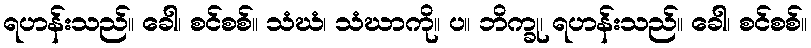
ရဟန်းသည်။ ခေါ၊ စင်စစ်။ သံဃံ၊ သံဃာကို။ ပ။ ဘိက္ခု၊ ရဟန်းသည်။ ခေါ၊ စင်စစ်။